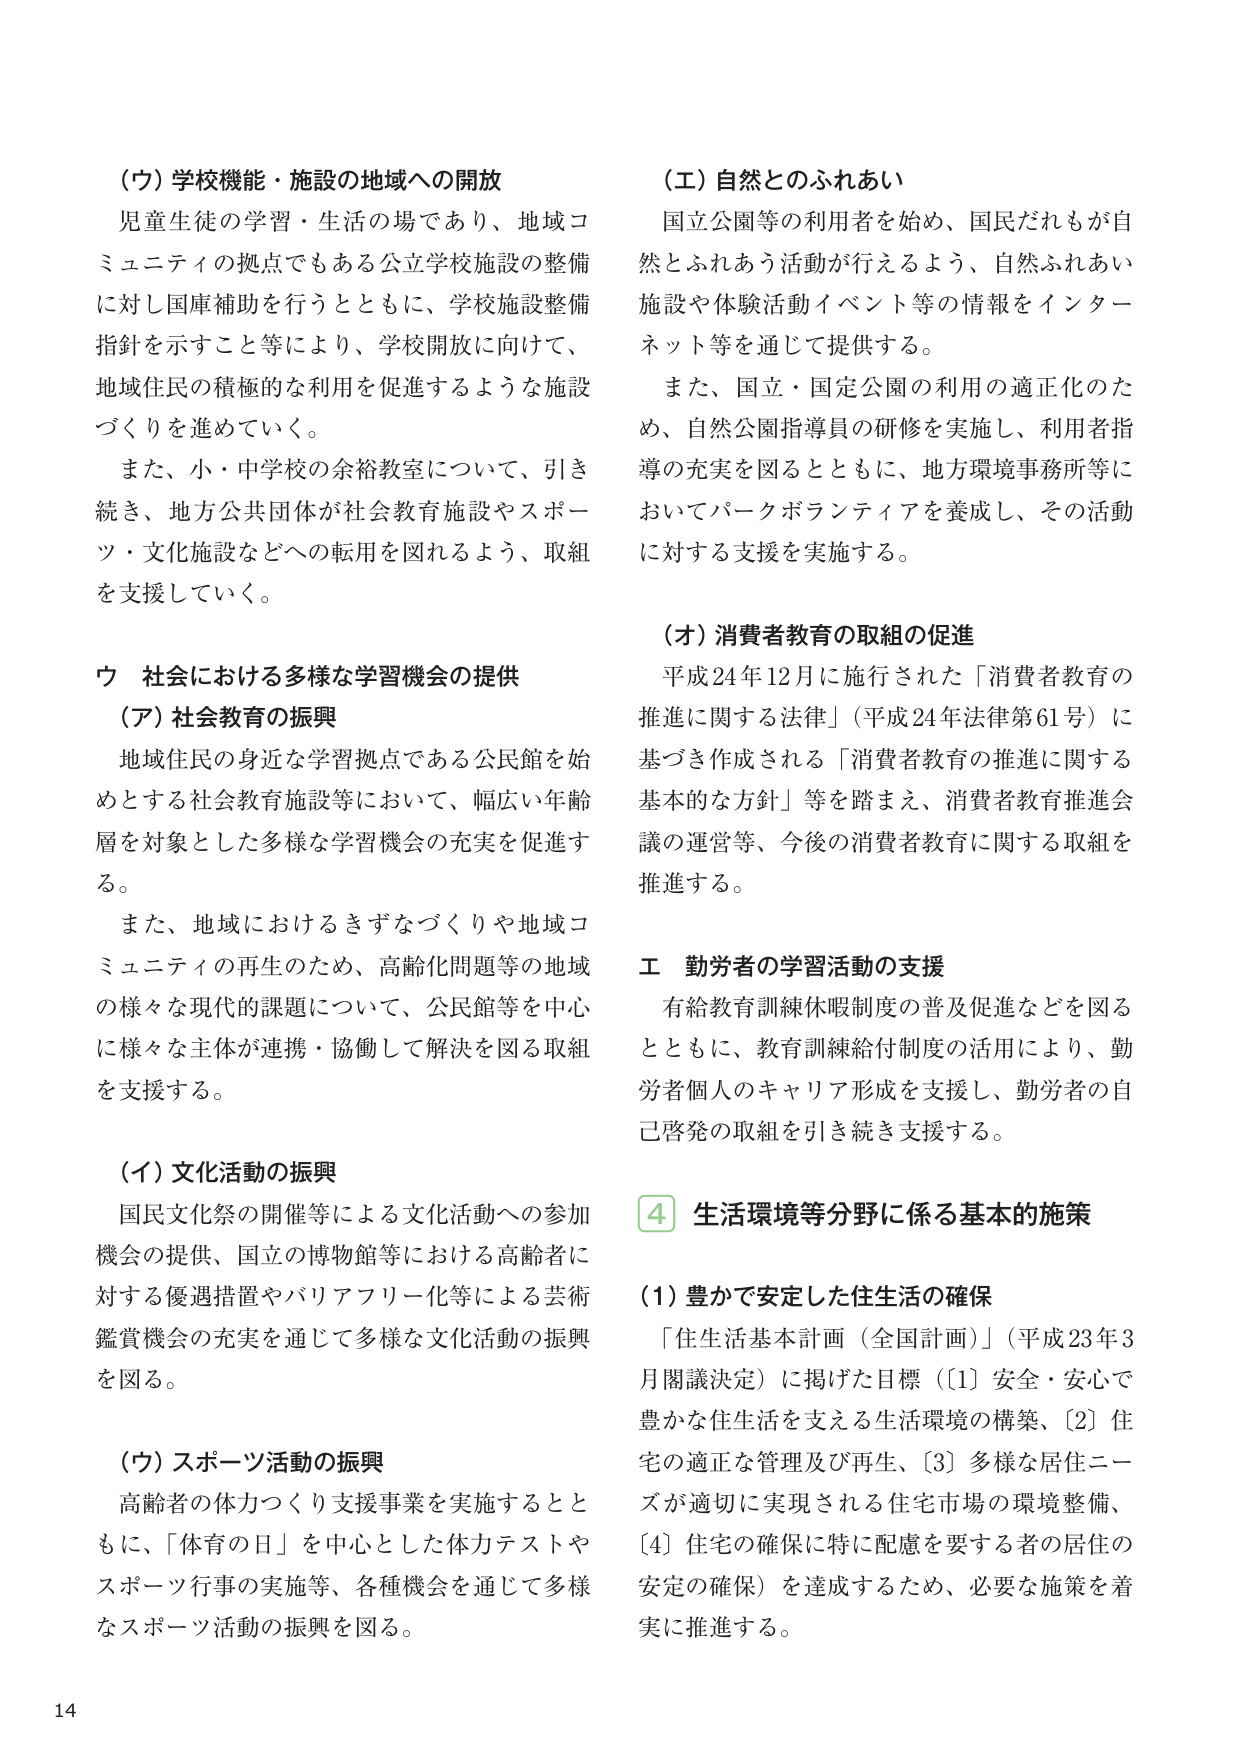
（ウ）学校機能・施設の地域への開放
児童生徒の学習・生活の場であり、地域コミュニティの拠点でもある公立学校施設の整備に対し国庫補助を行うとともに、学校施設整備指針を示すこと等により、学校開放に向けて、地域住民の積極的な利用を促進するような施設づくりを進めていく。
また、小・中学校の余裕教室について、引き続き、地方公共団体が社会教育施設やスポーツ・文化施設などへの転用を図れるよう、取組を支援していく。

ウ 社会における多様な学習機会の提供
（ア）社会教育の振興
地域住民の身近な学習拠点である公民館を始めとする社会教育施設等において、幅広い年齢層を対象とした多様な学習機会の充実を促進する。
また、地域におけるきずなづくりや地域コミュニティの再生のため、高齢化問題等の地域の様々な現代的課題について、公民館等を中心に様々な主体が連携・協働して解決を図る取組を支援する。

（イ）文化活動の振興
国民文化祭の開催等による文化活動への参加機会の提供、国立の博物館等における高齢者に対する優遇措置やバリアフリー化等による芸術鑑賞機会の充実を通じて多様な文化活動の振興を図る。

（ウ）スポーツ活動の振興
高齢者の体力つくり支援事業を実施するとともに、「体育の日」を中心とした体力テストやスポーツ行事の実施等、各種機会を通じて多様なスポーツ活動の振興を図る。

（エ）自然とのふれあい
国立公園等の利用者を始め、国民だれもが自然とふれあう活動が行えるよう、自然ふれあい施設や体験活動イベント等の情報をインターネット等を通じて提供する。
また、国立・国定公園の利用の適正化のため、自然公園指導員の研修を実施し、利用者指導の充実を図るとともに、地方環境事務所等においてパークボランティアを養成し、その活動に対する支援を実施する。

（オ）消費者教育の取組の促進
平成24年12月に施行された「消費者教育の推進に関する法律」（平成24年法律第61号）に基づき作成される「消費者教育の推進に関する基本的な方針」等を踏まえ、消費者教育推進会議の運営等、今後の消費者教育に関する取組を推進する。

エ 勤労者の学習活動の支援
有給教育訓練休暇制度の普及促進などを図るとともに、教育訓練給付制度の活用により、勤労者個人のキャリア形成を支援し、勤労者の自己啓発の取組を引き続き支援する。

4 生活環境等分野に係る基本的施策
（1）豊かで安定した住生活の確保
「住生活基本計画（全国計画）」（平成23年3月閣議決定）に掲げた目標（[1] 安全・安心で豊かな住生活を支える生活環境の構築、[2] 住宅の適正な管理及び再生、[3] 多様な居住ニーズが適切に実現される住宅市場の環境整備、[4] 住宅の確保に特に配慮を要する者の居住の安定の確保）を達成するため、必要な施策を着実に推進する。

14